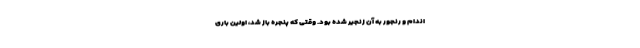
اندام و رنجور به آن زنجیر شده بود. وقتی که پنجره باز شد، اولین باری